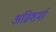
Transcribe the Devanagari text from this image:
अग्निशर्मा